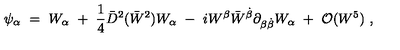
\psi _ { \alpha } \ = \ W _ { \alpha } \ + \ { \frac { 1 } { 4 } } \bar { D } ^ { 2 } ( \bar { W } ^ { 2 } ) W _ { \alpha } \ - \ i W ^ { \beta } \bar { W } ^ { \dot { \beta } } \partial _ { \beta \dot { \beta } } W _ { \alpha } \ + \ { \cal O } ( W ^ { 5 } ) \ ,